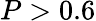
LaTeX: P>0.6